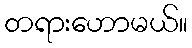
တရားဟောမယ်။